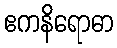
ဧကနိရောဓာ